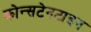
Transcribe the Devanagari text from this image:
कोन्सटेनटाइन